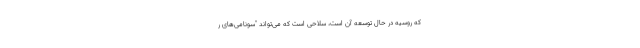
که روسیه در حال توسعه آن است، سلاحی است که می‌تواند "سونامی‌های ر